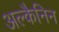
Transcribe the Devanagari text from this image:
अल्कैनिन